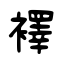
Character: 襗